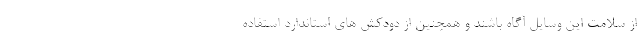
از سلامت این وسایل آگاه باشند و همچنین از دودکش های استاندارد استفاده